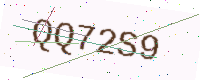
Text: QQ72S9